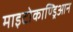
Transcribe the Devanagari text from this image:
माइटोकाण्ड्रिआन